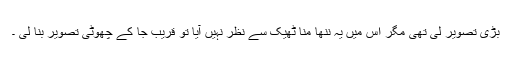
بڑی تصویر لی تھی مگر اس میں یہ ننھا منّا ٹھیک سے نظر نہیں آیا تو قریب جا کے چھوٹی تصویر بنا لی ۔